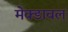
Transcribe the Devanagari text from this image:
मेक्डावल